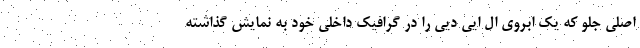
اصلی جلو که یک ابروی ال ایی دیی را در گرافیک داخلی خود به نمایش گذاشته